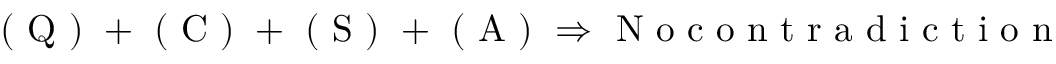
\begin{array} { r } { \mathrm { ~ ( ~ Q ~ ) ~ } + \mathrm { ~ ( ~ C ~ ) ~ } + \mathrm { ~ ( ~ S ~ ) ~ } + \mathrm { ~ ( ~ A ~ ) ~ } \Rightarrow \mathrm { ~ N ~ o ~ c ~ o ~ n ~ t ~ r ~ a ~ d ~ i ~ c ~ t ~ i ~ o ~ n ~ } } \end{array}